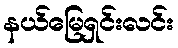
နယ်မြေရှင်းလင်း